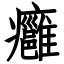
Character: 癰